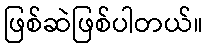
ဖြစ်ဆဲဖြစ်ပါတယ်။